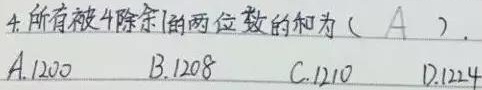
4. 所有被4除余1的两位数的和为（A）.
A. 1200
B. 1208
C. 1210
D. 1224